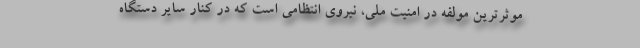
موثرترین مولفه در امنیت ملی، نیروی انتظامی است که در کنار سایر دستگاه